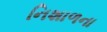
નિશાળના